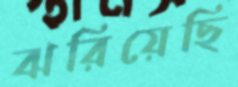
ঝরিয়েছি